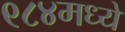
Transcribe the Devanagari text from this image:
९८४मध्ये